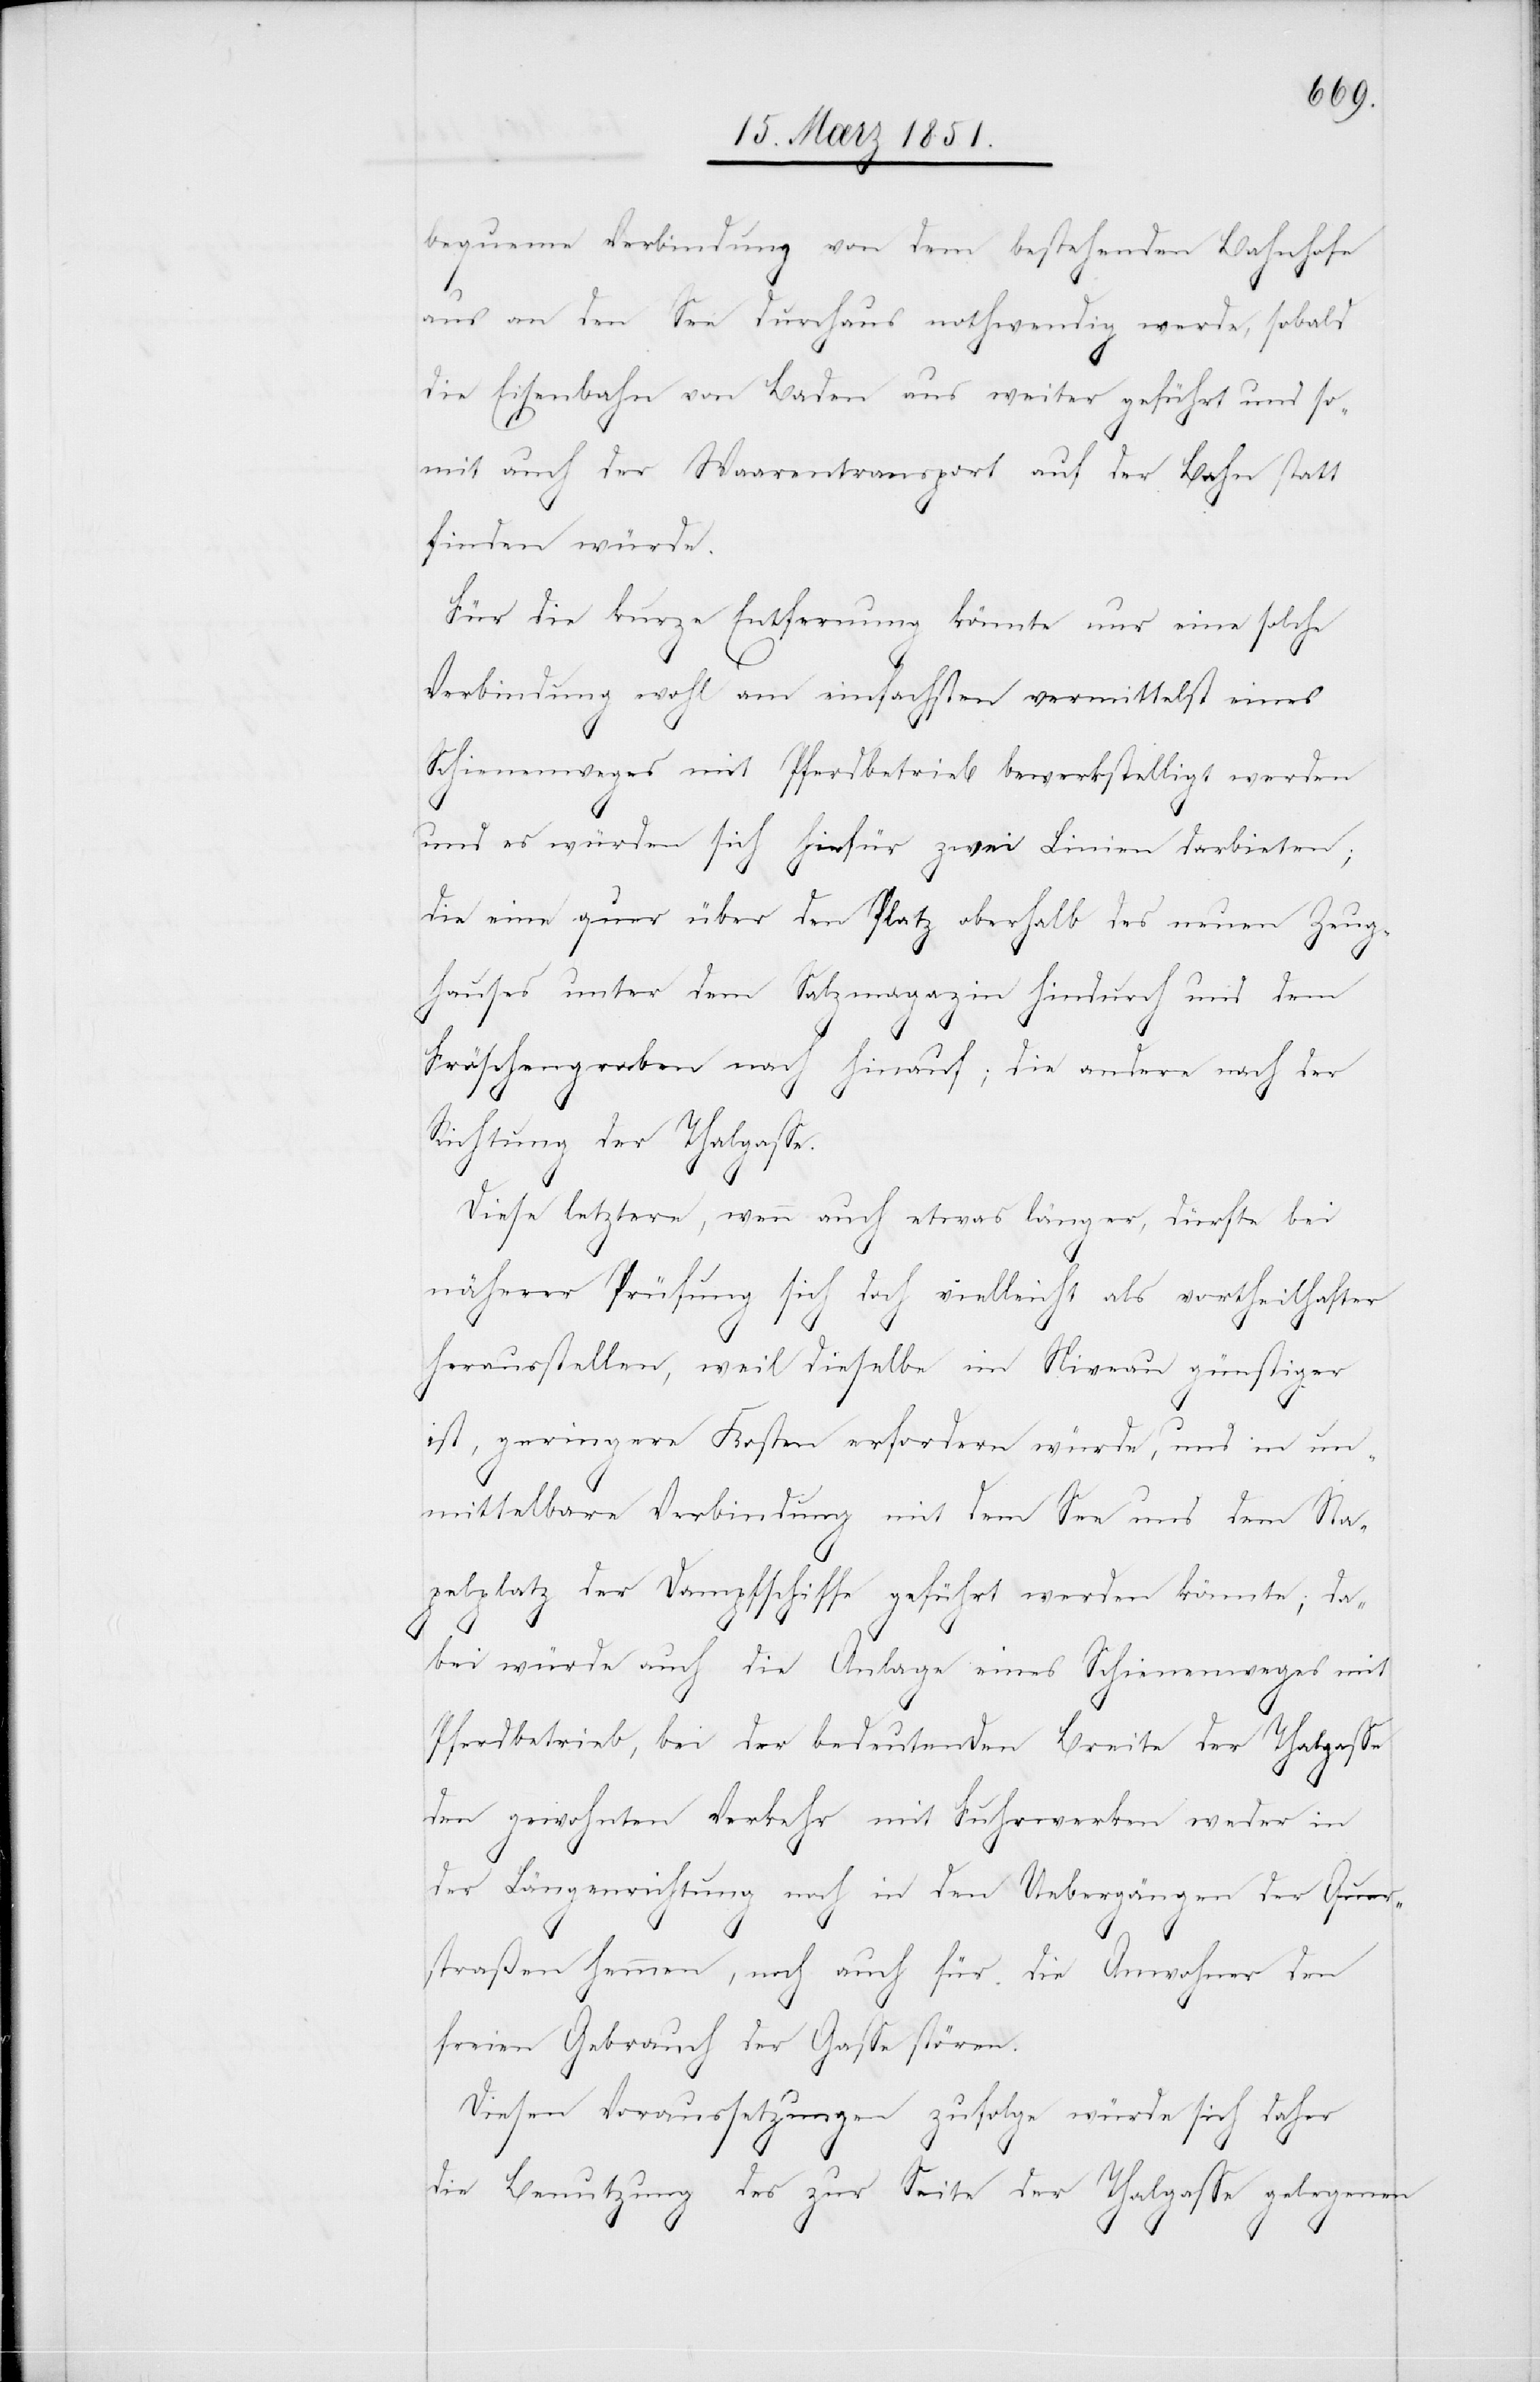
bequeme Verbindung von dem bestehenden Bahnhofe
aus an den See durchaus nothwendig werde, sobald
die Eisenbahn von Baden aus weiter geführt und so¬
mit auch der Waarentransport auf der Bahn statt
finden würde.
Für die kurze Entfernung könnte nur eine solche
Verbindung wohl am einfachsten vermittelst eines
Schienenweges mit Pferdbetrieb bewerkstelligt werden
und es würden sich hiefür zwei Linien darbieten;
die eine quer über den Platz oberhalb des neuen Zeug¬
hauses unter dem Salzmagazin hindurch und dem
Fröschengraben nach hinauf; die andere nach der
Richtung der Thalgasse.
Diese letztere, wenn auch etwas länger, dürfte bei
näherer Prüfung sich doch vielleicht als vortheilhafter
herausstellen, weil dieselbe im Niveau günstiger
ist, geringere Kosten erfordern würde, und in un¬
mittelbare Verbindung mit dem See und dem Sta¬
pelplatz der Dampfschiffe geführt werden könnte; da¬
bei würde auch die Anlage eines Schienenweges mit
Pferdbetrieb, bei der bedeutenden Breite der Thalgasse
den gewohnten Verkehr mit Fuhrwerken weder in
der Längenrichtung noch in den Uebergängen der Quer¬
straßen hemmen, noch auch für die Anwohner den
freien Gebrauch der Gasse stören.
Diesen Voraussetzungen zufolge würde sich daher
die Benutzung des zur Seite der Thalgasse gelegenen